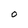
Character: 0